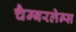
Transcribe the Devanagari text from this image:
चैम्बरलेन्स